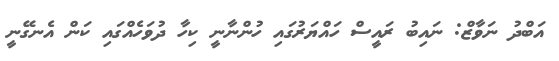
އަބްދު ނަވާޒް: ނައިބު ރައީސް ހައްޔަރުގައި ހުންނާނީ ކިހާ ދުވަހެއްގައި ކަން އެނގޭނީ